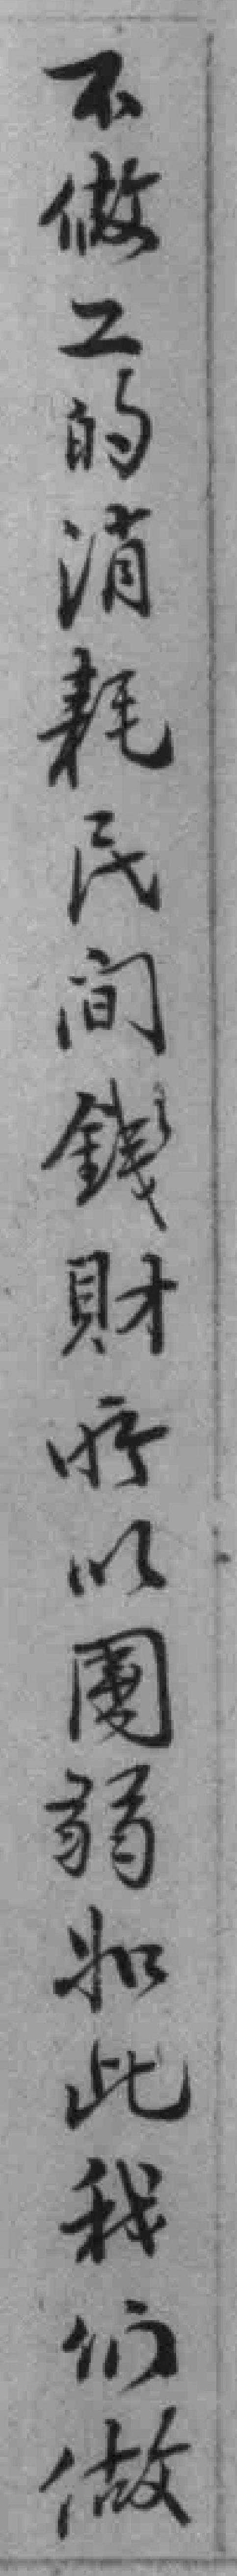
不做工的消耗民间錢財所以國弱如此我们做